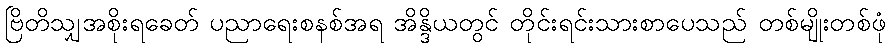
ဗြိတိသျှအစိုးရခေတ် ပညာရေးစနစ်အရ အိန္ဒိယတွင် တိုင်းရင်းသားစာပေသည် တစ်မျိုးတစ်ဖုံ